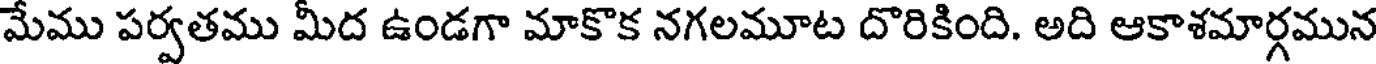
మేము పర్వతము మీద ఉండగా మాకొక నగలమూట దొరికింది. అది ఆకాశమార్గమున